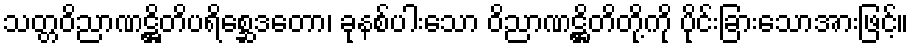
သတ္တဝိညာဏဋ္ဌိတိပရိစ္ဆေဒတော၊ ခုနစ်ပါးသော ဝိညာဏဋ္ဌိတိတို့ကို ပိုင်းခြားသောအားဖြင့်။